Vaccination in Burma 1920-1933 - 1920-1933
Year: 1920
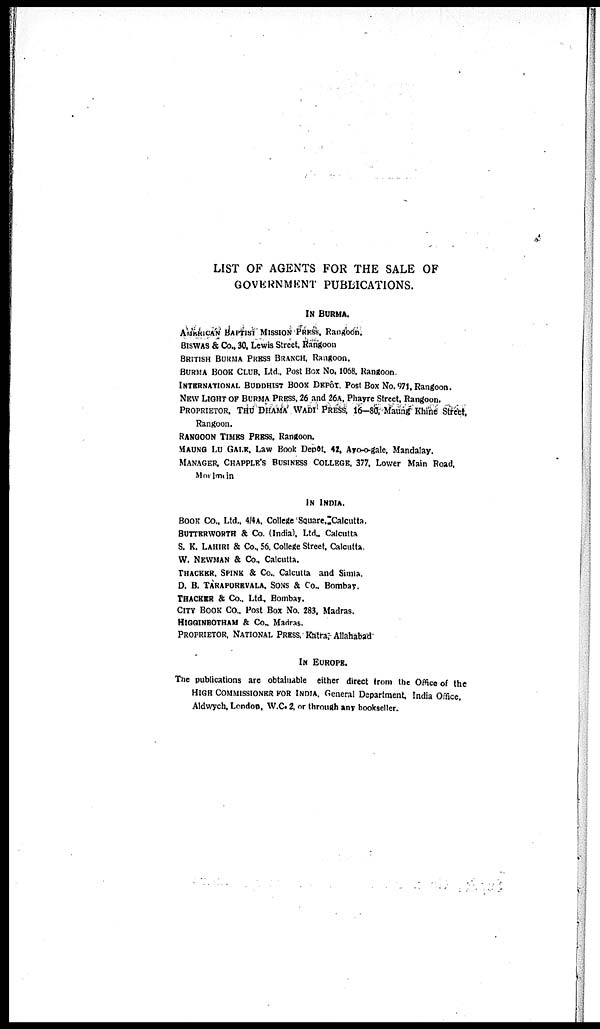
LIST OF AGENTS FOR THE SALE OF
GOVERNMENT PUBLICATIONS.
IN BURMA.
AMERICAN BAPTIST MISSION PRESS, Rangoon.
BISWAS & Co., 30. Lewis Street, Rangoon
BRITISH BURMA PRESS BRANCH, Rangoon.
BURMA BOOK CLUB, Ltd., Post Box No. 1068, Rangoon.
INTERNATIONAL BUDDHIST BOOK DEPÔT, Post Box No. 971, Rangoon.
NEW LIGHT OF BURMA PRESS, 26 and 26A. Phavre Street, Rangoon.
PROPRIETOR, THU DHAMA WADI PRESS, 16—80, Maung Khine Street,
Rangoon.
RANGOON TIMES PRESS, Rangoon.
MAUNG LU GALE. Law Book Depôt, 42, Ayo-o-gale, Mandalay.
MANAGER, CHAPPLE'S BUSINESS COLLEGE, 377, Lower Main Road,
Morlmoin
IN INDIA.
BOOK Co., Ltd., 4/4A, College Square, Calcutta.
BUTTERWORTH & Co. (India), Ltd., Calcutta
S. K. LAHIRI & Co., 56. College Street, Calcutta.
W. NEWMAN & Co., Calcutta.
THACKER, SPINK & Co., Calcutta and Simla.
D. B. TARAPOREVALA, SONS & Co., Bombay.
THACKER & Co., Ltd., Bombay.
CITY BOOK Co., Post Box No. 283, Madras.
HIGGINBOTHAM & Co., Madras.
PROPRIETOR, NATIONAL PRESS, Katra, Allahabad
IN EUROPE.
The publications are obtainable either direct from the Office of the
HIGH COMMISSIONER FOR INDIA, General Department, India Office.
Aldwych, London, W.C. 2, or through any bookseller.